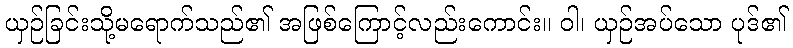
ယှဉ်ခြင်းသို့မရောက်သည်၏ အဖြစ်ကြောင့်လည်းကောင်း။ ဝါ၊ ယှဉ်အပ်သော ပုဒ်၏